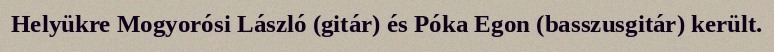
Helyükre Mogyorósi László (gitár) és Póka Egon (basszusgitár) került.